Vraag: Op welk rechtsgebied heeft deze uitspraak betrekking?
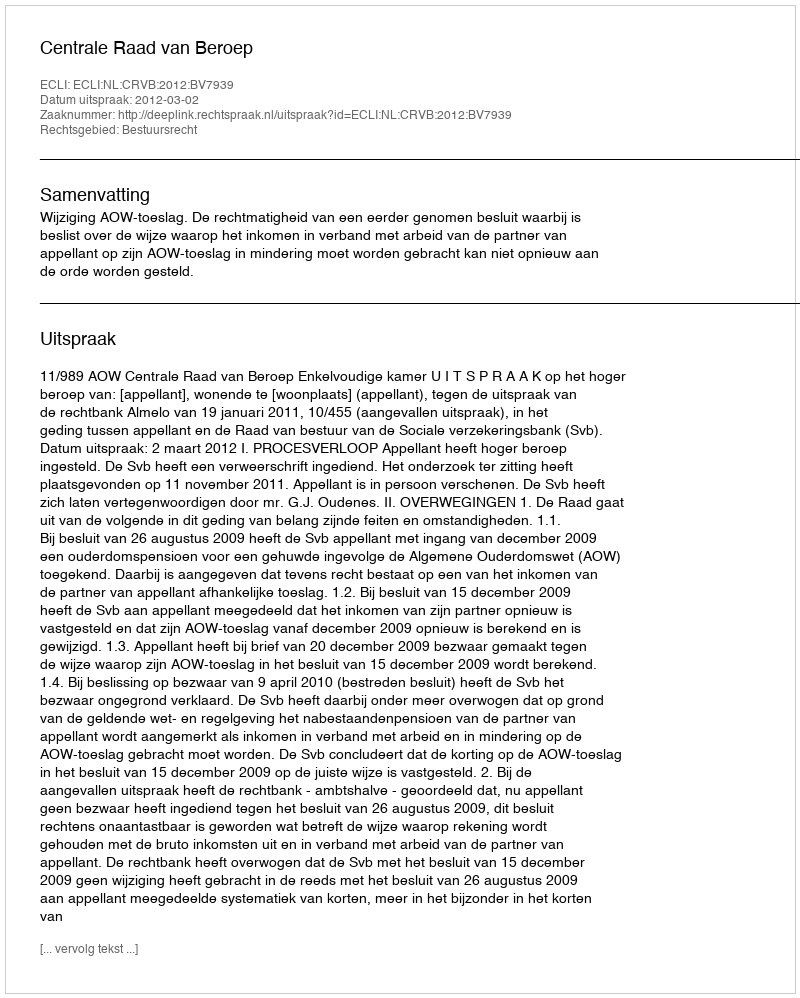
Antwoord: Bestuursrecht